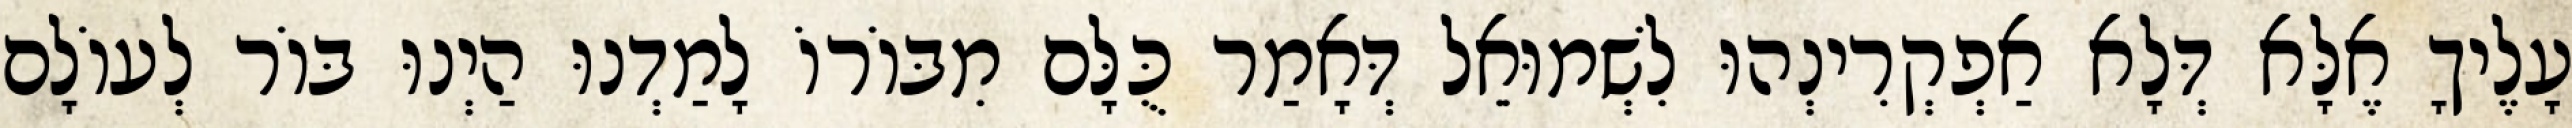
עָלֶיךָ אֶלָּא דְּלָא אַפְקְרִינְהוּ לִשְׁמוּאֵל דְּאָמַר כֻּלָּם מִבּוֹרוֹ לָמַדְנוּ הַיְנוּ בּוֹר לְעוֹלָם